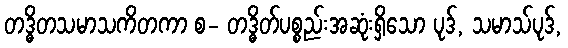
တဒ္ဓိတသမာသကိတကာ စ- တဒ္ဓိတ်ပစ္စည်းအဆုံးရှိသော ပုဒ်, သမာသ်ပုဒ်,